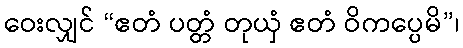
ဝေးလျှင် “ဧတံ ပတ္တံ တုယှံ ဧတံ ဝိကပ္ပေမိ”၊